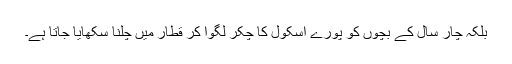
بلکہ چار سال کے بچوں کو پورے اسکول کا چکر لگوا کر قطار میں چلنا سکھایا جاتا ہے۔